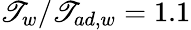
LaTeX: \mathscr{T}_{w}/\mathscr{T}_{ad,w}=1.1